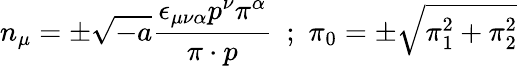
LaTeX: n_{\mu}=\pm\sqrt{-a}\frac{\epsilon_{\mu\nu\alpha}p^{\nu}\pi^{\alpha}}{\pi\cdot p}\, \, \, ;\, \, \pi_{0}=\pm\sqrt{\pi_{1}^{2}+\pi_{2}^{2}}